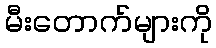
မီးတောက်များကို